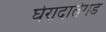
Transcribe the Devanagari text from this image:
घेरादातेगड